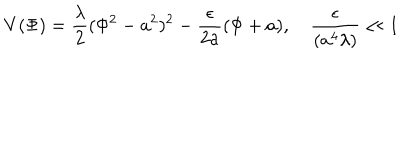
V ( \Phi ) = \frac { \lambda } { 2 } ( \Phi ^ { 2 } - a ^ { 2 } ) ^ { 2 } - \frac { \epsilon } { 2 a } ( \Phi + a ) , \quad \frac { \epsilon } { ( a ^ { 4 } \lambda ) } \ll 1 \quad \;